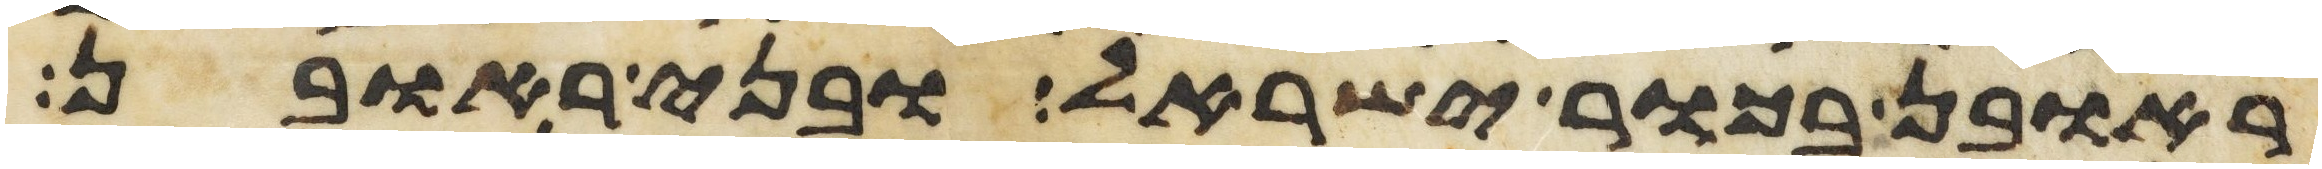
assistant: ראובן בכור ישראל ובני ראובן